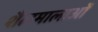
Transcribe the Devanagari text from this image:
शैलमालाओं